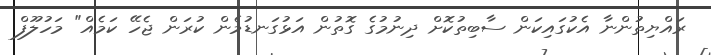
ރައްޔިތުންނާ އެކުގައިކަން ސާބިތުކޮށް ދިނުމުގެ ގޮތުން އަޅުގަނޑުމެން ކުރަން ޖެހޭ ކަމެއް" މަހުލޫފް